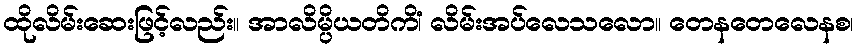
ထိုလိမ်းဆေးဖြင့်လည်း။ အာလိမ္ပိယတိကိံ၊ လိမ်းအပ်လေသလော။ တေနတေလေနစ၊